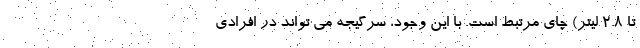
تا 2.8 لیتر) چای مرتبط است. با این وجود، سرگیجه می تواند در افرادی